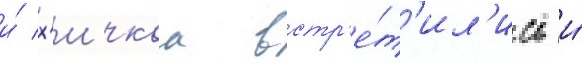
и́ х'ичкок встр'е́т'ил'ись и́